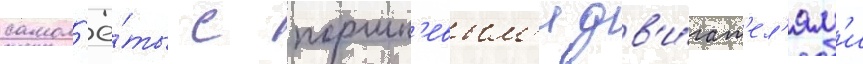
самол'ё́ты с поршн'евым'и дв'и́гат'ел'ям'и